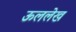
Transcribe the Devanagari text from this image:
ऊललेख